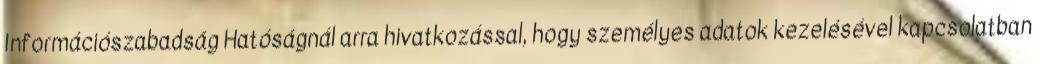
Információszabadság Hatóságnál arra hivatkozással, hogy személyes adatok kezelésével kapcsolatban